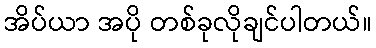
အိပ်ယာ အပို တစ်ခုလိုချင်ပါတယ်။